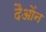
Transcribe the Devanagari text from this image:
दैओंन